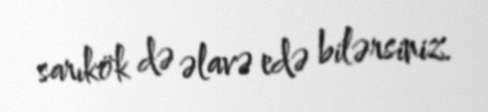
sarıkök də əlavə edə bilərsiniz.